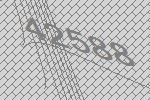
42588